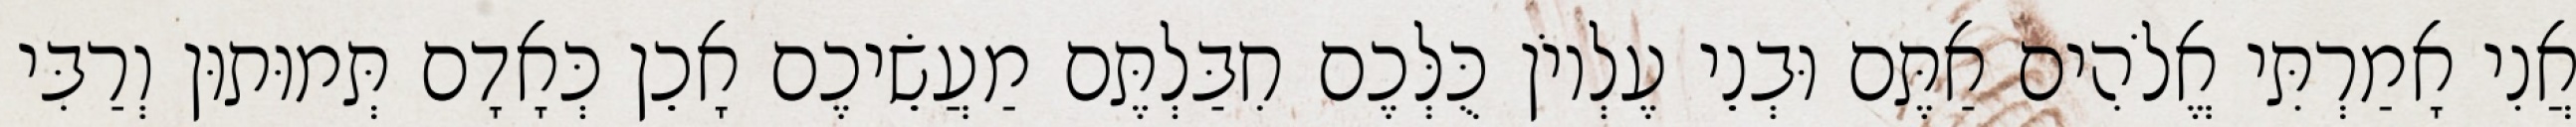
אֲנִי אָמַרְתִּי אֱלֹהִים אַתֶּם וּבְנֵי עֶלְיוֹן כֻּלְּכֶם חִבַּלְתֶּם מַעֲשֵׂיכֶם אָכֵן כְּאָדָם תְּמוּתוּן וְרַבִּי